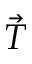
\vec { T }